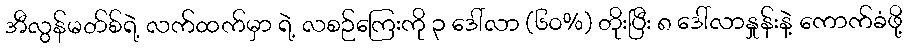
အီလွန်မတ်စ်ရဲ့ လက်ထက်မှာ ရဲ့ လစဉ်ကြေးကို ၃ ဒေါ်လာ (၆၀%) တိုးပြီး ၈ ဒေါ်လာနှုန်းနဲ့ ကောက်ခံဖို့